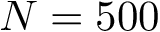
N = 5 0 0